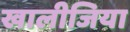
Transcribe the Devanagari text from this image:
खालीजिया